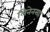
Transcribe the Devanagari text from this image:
लिनेनसह